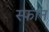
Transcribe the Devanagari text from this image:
स्फान